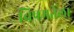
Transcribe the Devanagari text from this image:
विषमतेला